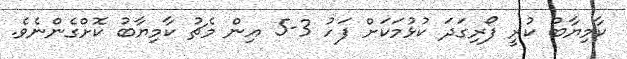
ކާމިޔާބު ކުރީ ފޯރިގަދަ ކުޅުމަކަށް ފަހު 3-5 އިން މެޗު ކާމިޔާބު ކޮށްގެންނެވެ.